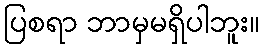
ပြစရာ ဘာမှမရှိပါဘူး။